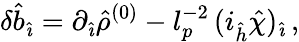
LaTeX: \delta{\hat{b}}_{\hat{\imath}}=\partial_{\hat{\imath}}{\hat{\rho}}^{(0)}-l_{p}^{-2}\, (i_{\hat{h}}{\hat{\chi}})_{\hat{\imath}}\, ,